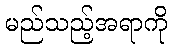
မည်သည့်အရာကို